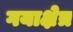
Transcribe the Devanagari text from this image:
गयाक्षेत्र